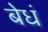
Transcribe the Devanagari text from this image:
बेधं